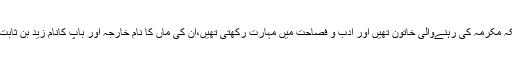
یہ مکہ مکرمہ کی رہنےوالی خاتون تھیں اور ادب و فصاحت میں مہارت رکھتی تھیں،ان کی ماں کا نام خارجہ اور باپ کانام زید بن ثابت ہے۔